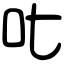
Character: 𠮟